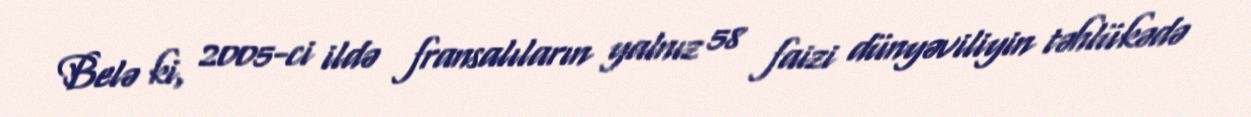
Belə ki, 2005-ci ildə fransalıların yalnız 58 faizi dünyəviliyin təhlükədə